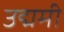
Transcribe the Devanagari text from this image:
उद्ममी